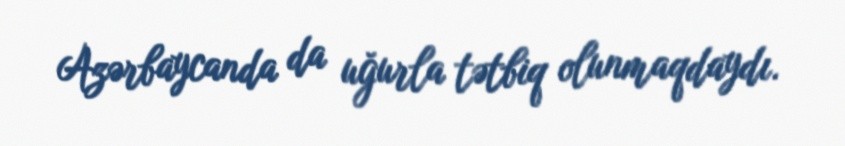
Azərbaycanda da uğurla tətbiq olunmaqdaydı.